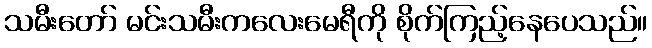
သမီးတော် မင်းသမီးကလေးမေရီကို စိုက်ကြည့်နေပေသည်။